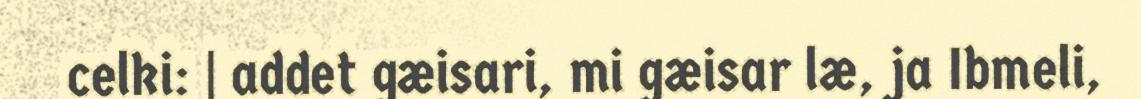
celki: | addet gæisari, mi gæisar læ, ja Ibmeli,